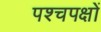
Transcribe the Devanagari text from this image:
पश्चपक्षों